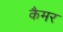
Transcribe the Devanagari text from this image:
कैमर